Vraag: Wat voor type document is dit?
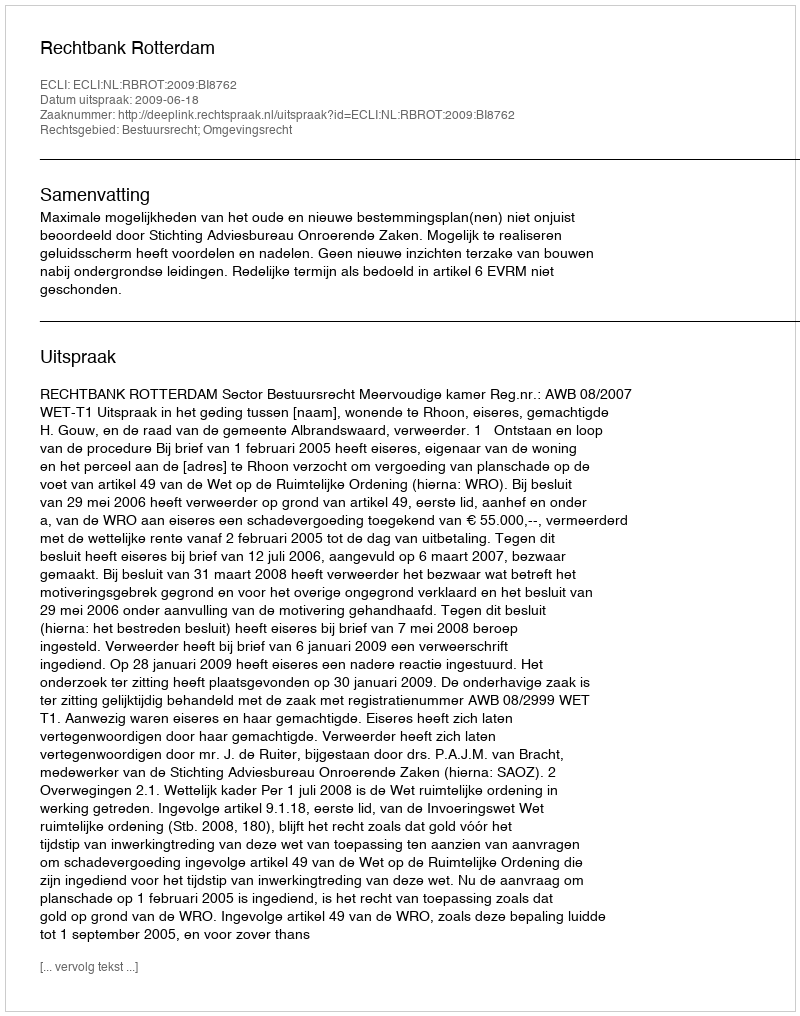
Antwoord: Uitspraak